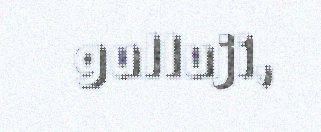
gulluji,